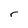
Character: r